Civil Veterinary Department. Madras. Admin. report 1910-25 - 1910-1925
Year: 1910
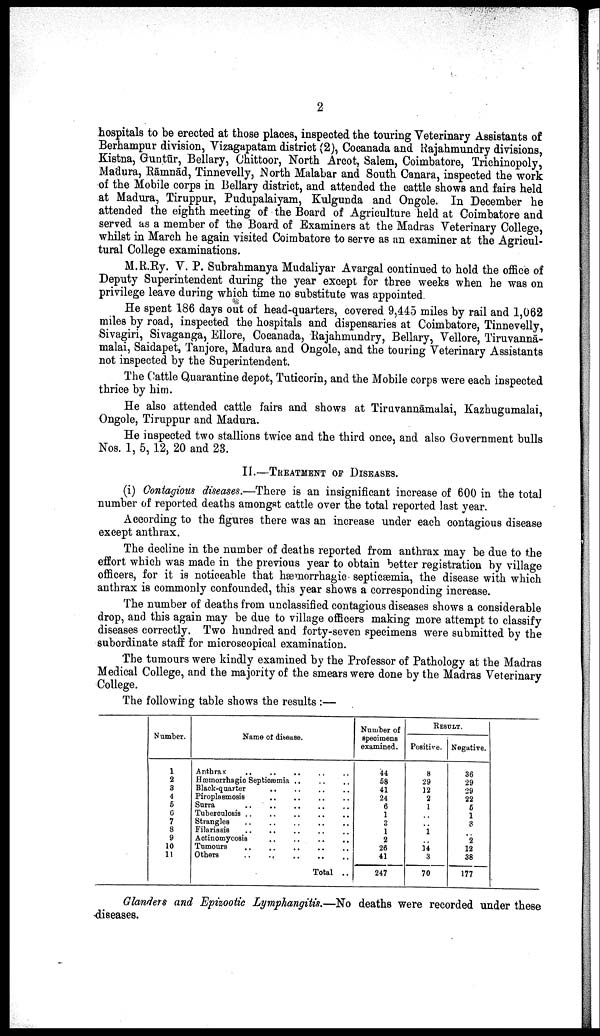
2
hospitals to be erected at those places, inspected the touring Veterinary Assistants of
Berhampur division, Vizagapatam district (2), Cocanada and Rajahmundry divisions,
Kistna, Guntūr, Bellary, Chittoor, North Arcot, Salem, Coimbatore, Trichinopoly,
Madura, Rāninād, Tinnevelly, North Malabar and South Canara, inspected the work
of the Mobile corps in Bellary district, and attended the cattle shows and fairs held
at Madura, Tiruppur, Pudupalaiyam, Kulgunda and Ongole. In December he
attended the eighth meeting of the Board of Agriculture held at Coimbatore and
served as a member of the Board of Examiners at the Madras Veterinary College,
whilst in March he again visited Coimbatore to serve as an examiner at the Agricul
tural College examinations.
M.R.Ry. V. P. Subrahmanya Mudaliyar Avargal continued to hold the office of
Deputy Superintendent during the year except for three weeks when he was on
privilege leave during which time no substitute was appointed.
He spent 186 days out of head-quarters, covered 9,445 miles by rail and 1,062
miles by road, inspected the hospitals and dispensaries at Coimbatore, Tinnevelly,
Sivagiri, Sivaganga, Ellore, Cocanada, Rajahmundry, Bellary, Vellore, Tiruvannā-
malai, Saidapet, Tanjore, Madura and Ongole, and the touring Veterinary Assistants
not inspected by the Superintendent.
The Cattle Quarantine depot, Tuticorin, and the Mobile corps were each inspected
thrice by him.
He also attended cattle fairs and shows at Tiruvannāmalai, Kazhugumalai,
Ongole, Tiruppur and Madura.
He inspected two stallions twice and the third once, and also Government bulls
Nos. 1, 5, 12, 20 and 23.
II.—TREATMENT OF DISEASES.
(i) Contagious diseases.—There is an insignificant increase of 600 in the total
number of reported deaths amongst cattle over the total reported last year.
According to the figures there was an increase under each contagious disease
except anthrax.
The decline in the number of deaths reported from anthrax may be due to the
effort which was made in the previous year to obtain better registration by village
officers, for it is noticeable that hæmorrhagic septicæmia, the disease with which
anthrax is commonly confounded, this year shows a corresponding increase.
The number of deaths from unclassified contagious diseases shows a considerable
drop, and this again may be due to village officers making more attempt to classify
diseases correctly. Two hundred and forty-seven specimens were submitted by the
subordinate staff for microscopical examination.
The tumours were kindly examined by the Professor of Pathology at the Madras
Medical College, and the majority of the smears were done by the Madras Veterinary
College.
The following table shows the results :—
Number.
1
2
3
4
5
6
7
8
9
10
11
Name of disease.
Anthrax
..
..
.. .. ..
Hæmorrhagic Septicæmia .. .. ..
Black-quarter .. .. .. ..
Piroplosmosis .. .. .. ..
Surra .. .. .. .. ..
Tuberoulosis .. .. .. .. .. ..
Strangles .. .. .. .. ..
Filariasis .. .. .. .. ..
Actinomycosis .. .. .. ..
Tumours .. .. .. ..
Others .. .. .. .. ..
Total ..
Number of
specimens
examined.
44
58
41
24
6
1
3
1
2
26
41
247
RESULT.
Positive.
8
29
12
2
1
..
..
1
..
14
3
70
Negative.
36
29
29
22
5
1
3
..
2
12
38
177
Glanders and Epizootic Lymphangitis.—No deaths were recorded under these
diseases.